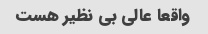
واقعا عالی بی نظیر هست